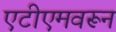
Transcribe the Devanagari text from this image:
एटीएमवरून